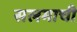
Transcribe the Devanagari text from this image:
सलमाची